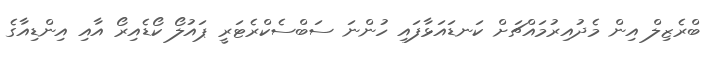
ބްރެޒިލް އިން މެދުއިރުމައްޗަށް ކަނޑައަޅާފައި ހުންނަ ސަބްސެކްރެޓަރީ ޕައުލޯ ކޯޑެއިރޯ އާއި އިންޑިއާގެ